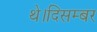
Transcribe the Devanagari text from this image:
थे।दिसम्बर